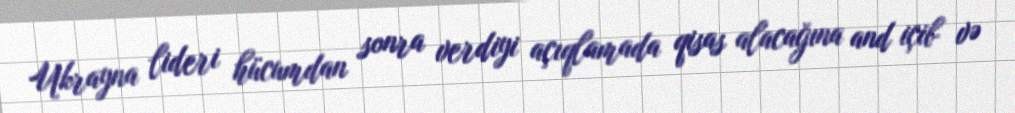
Ukrayna lideri hücumdan sonra verdiyi açıqlamada qisas alacağına and içib və